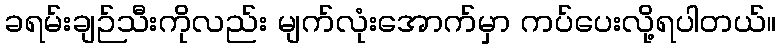
ခရမ်းချဉ်သီးကိုလည်း မျက်လုံးအောက်မှာ ကပ်ပေးလို့ရပါတယ်။